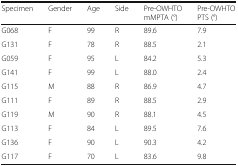
<table><thead><tr><td><b>Specimen</b></td><td><b>Gender</b></td><td><b>Age</b></td><td><b>Side</b></td><td><b>Pre-OWHTO mMPTA (°)</b></td><td><b>Pre-OWHTO PTS (°)</b></td></tr></thead><tbody><tr><td>G068</td><td>F</td><td>99</td><td>R</td><td>89.6</td><td>7.9</td></tr><tr><td>G131</td><td>F</td><td>78</td><td>R</td><td>88.5</td><td>2.1</td></tr><tr><td>G059</td><td>F</td><td>95</td><td>L</td><td>84.2</td><td>5.3</td></tr><tr><td>G141</td><td>F</td><td>99</td><td>L</td><td>88.0</td><td>2.4</td></tr><tr><td>G115</td><td>M</td><td>88</td><td>R</td><td>86.9</td><td>4.7</td></tr><tr><td>G111</td><td>F</td><td>89</td><td>R</td><td>88.5</td><td>2.9</td></tr><tr><td>G119</td><td>M</td><td>90</td><td>R</td><td>88.1</td><td>4.5</td></tr><tr><td>G113</td><td>F</td><td>84</td><td>L</td><td>89.5</td><td>7.6</td></tr><tr><td>G136</td><td>F</td><td>90</td><td>L</td><td>90.3</td><td>4.2</td></tr><tr><td>G117</td><td>F</td><td>70</td><td>L</td><td>83.6</td><td>9.8</td></tr></tbody></table>